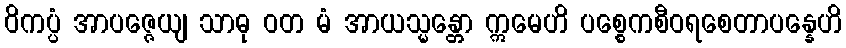
ဝိကပ္ပံ အာပဇ္ဇေယျ သာဓု ဝတ မံ အာယသ္မန္တော ဣမေဟိ ပစ္စေကစီဝရစေတာပန္နေဟိ